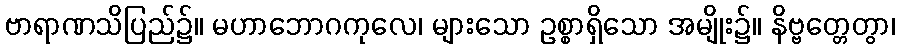
ဗာရာဏသိပြည်၌။ မဟာဘောဂကုလေ၊ များသော ဥစ္စာရှိသော အမျိုး၌။ နိဗ္ဗတ္တေတွာ၊